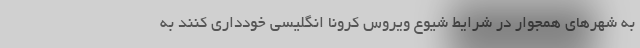
به شهرهای همجوار در شرایط شیوع ویروس کرونا انگلیسی خودداری کنند به